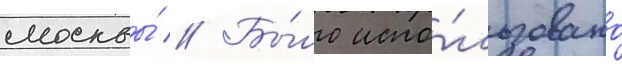
москвы́ // Бы́ло испо́льзовано